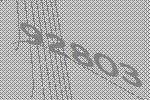
92803